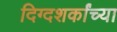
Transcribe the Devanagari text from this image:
दिग्दशर्कांच्या